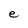
Character: e